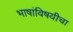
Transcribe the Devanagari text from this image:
भाषांविषयीचा